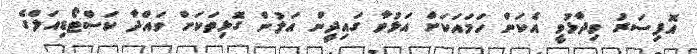
އޮފިސަރު ވިދާޅުވީ އެކަން ހަމައަކަށް އަޅުވާ ގައިދީން އަލުން ގޮޅިތަކަށް ވައްދާ ކަސްޓޯޑިއަލްގެ